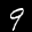
Label: 9